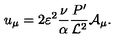
u _ { \mu } = 2 \varepsilon ^ { 2 } \frac { \nu } { \alpha } \frac { P ^ { \prime } } { { \cal L } ^ { 2 } } { \cal A } _ { \mu } .